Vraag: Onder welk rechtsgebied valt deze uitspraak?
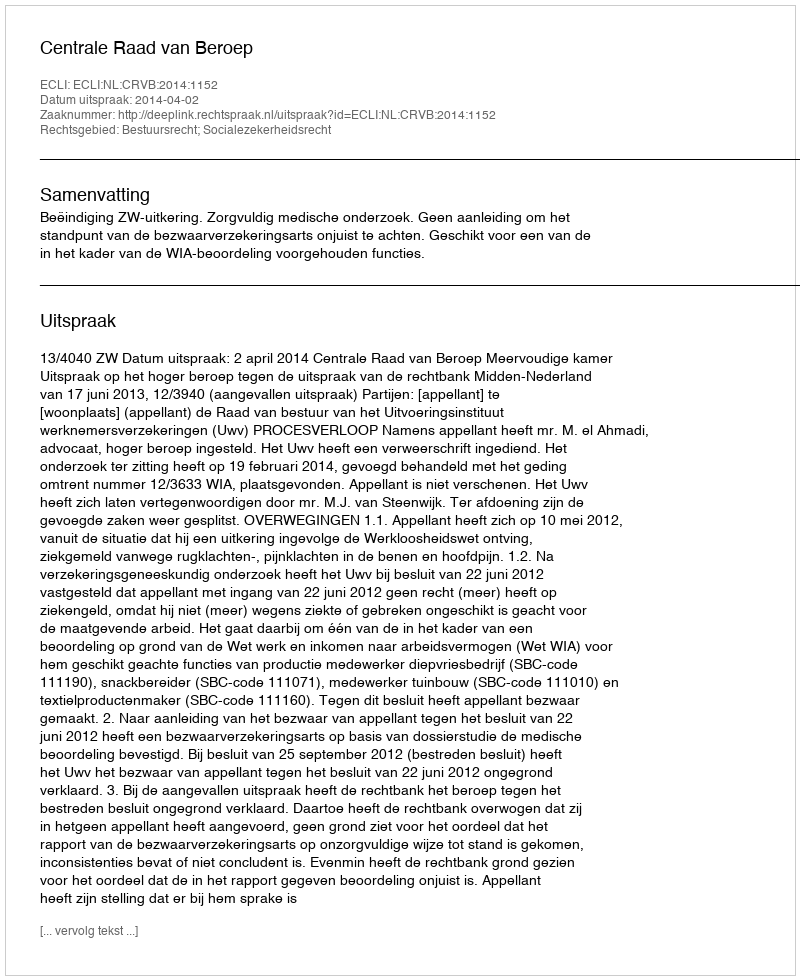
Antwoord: Bestuursrecht; Socialezekerheidsrecht